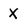
Character: X